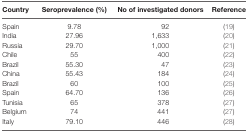
<table><thead><tr><td><b>Country</b></td><td><b>Seroprevalence (%)</b></td><td><b>No of investigated donors</b></td><td><b>Reference</b></td></tr></thead><tbody><tr><td>Spain</td><td>9.78</td><td>92</td><td>(19)</td></tr><tr><td>India</td><td>27.96</td><td>1,633</td><td>(20)</td></tr><tr><td>Russia</td><td>29.70</td><td>1,000</td><td>(21)</td></tr><tr><td>Chile</td><td>55</td><td>400</td><td>(22)</td></tr><tr><td>Brazil</td><td>55.30</td><td>47</td><td>(23)</td></tr><tr><td>China</td><td>55.43</td><td>184</td><td>(24)</td></tr><tr><td>Brazil</td><td>60</td><td>100</td><td>(25)</td></tr><tr><td>Spain</td><td>64.70</td><td>136</td><td>(26)</td></tr><tr><td>Tunisia</td><td>65</td><td>378</td><td>(27)</td></tr><tr><td>Belgium</td><td>74</td><td>441</td><td>(27)</td></tr><tr><td>Italy</td><td>79.10</td><td>446</td><td>(28)</td></tr></tbody></table>